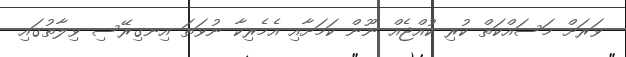
ވަރަށް މަސައްކަތް ކުރި ކުއްޖެއް ނޫން ކަމަށާއި އެމެރިކާ ނުވަތަ އިނގިރޭސި ވިލާތުގައި